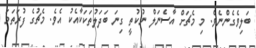
ބަލިވެގެންނެވެ. މި މެޗަށް އާސެނަލް ނުކުތީ ގިނަ ބަދަލުތަކަކާއެކު އެވެ. މެޗުގެ ފުރަތަމަ